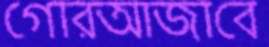
গোরআজাবে